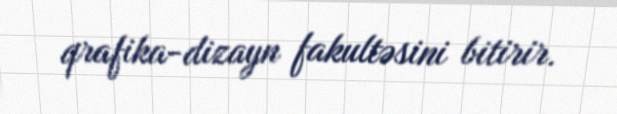
qrafika-dizayn fakultəsini bitirir.